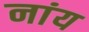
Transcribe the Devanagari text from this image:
नांय